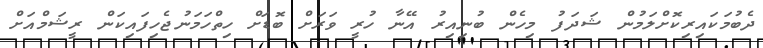
ދެބުމަކައިރިކޮށްލަމުން ޝަދަފު މިހެން ބުނިއިރު އޭނާ ހުރީ ވަރަށް ބޮޑަށް ހިތްހަމަނުޖެހިފައިކަން ރީޝަމްއަށް